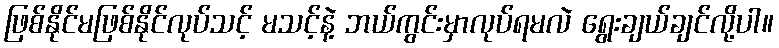
ဖြစ်နိုင်မဖြစ်နိုင်လုပ်သင့် မသင့်နဲ့ ဘယ်ကွင်းမှာလုပ်ရမလဲ ရွေးချယ်ချင်လို့ပါ။